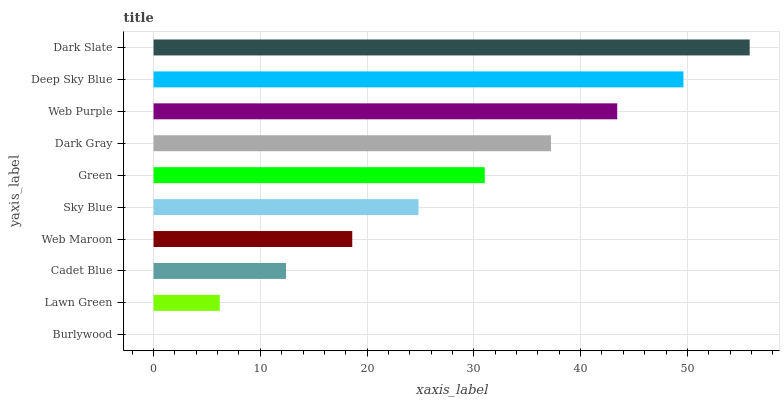
| yaxis_label | bars |
 | --- | --- |
 | Burlywood | 0 |
 | Lawn Green | 6.2 |
 | Cadet Blue | 12.4 |
 | Web Maroon | 18.6 |
 | Sky Blue | 24.8 |
 | Green | 31 |
 | Dark Gray | 37.2 |
 | Web Purple | 43.4 |
 | Deep Sky Blue | 49.6 |
 | Dark Slate | 55.8 |